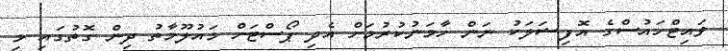
ވައިޓްހައުސްގެ އޮފިޝަލަކު ނަން ހާމަނުކުރުމަށް އެދި ޕޯސްޓަށް މައުލޫމާތު ދިން ގޮތުގައި މި